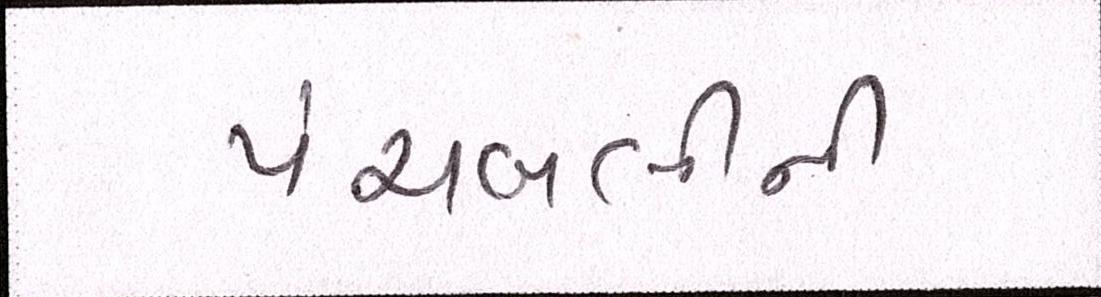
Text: પંચબલીની